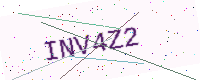
Text: INV4Z2